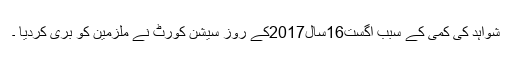
شواہد کی کمی کے سبب اگست16سال2017کے روز سیشن کورٹ نے ملزمین کو بری کردیا ۔